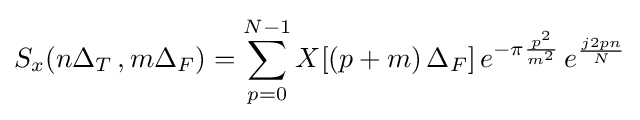
S_{x}(n\Delta _{T}\,,m\Delta _{F})=\sum _{p=0}^{N-1}X[(p+m)\,\Delta _{F}]\,e^{-\pi {\frac {p^{2}}{m^{2}}}}\,e^{\frac {j2pn}{N}}